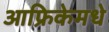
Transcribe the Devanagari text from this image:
आफ्रिकेमधे